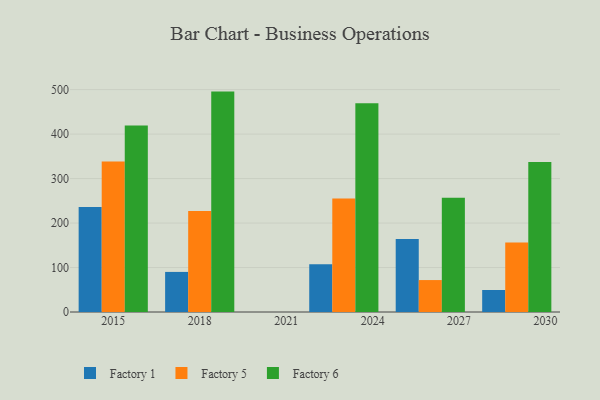
{"axis": {"x": "Year", "y": "Page Views"}, "legend": ["Factory 1", "Factory 5", "Factory 6"], "data": [{"x": "2023", "y": 107.4, "type": "Factory 1"}, {"x": "2023", "y": 255.3, "type": "Factory 5"}, {"x": "2023", "y": 469.5, "type": "Factory 6"}, {"x": "2026", "y": 163.9, "type": "Factory 1"}, {"x": "2026", "y": 71.8, "type": "Factory 5"}, {"x": "2026", "y": 256.7, "type": "Factory 6"}, {"x": "2015", "y": 236.1, "type": "Factory 1"}, {"x": "2015", "y": 338.6, "type": "Factory 5"}, {"x": "2015", "y": 419.4, "type": "Factory 6"}, {"x": "2018", "y": 90.1, "type": "Factory 1"}, {"x": "2018", "y": 226.8, "type": "Factory 5"}, {"x": "2018", "y": 495.5, "type": "Factory 6"}, {"x": "2029", "y": 49.5, "type": "Factory 1"}, {"x": "2029", "y": 156.4, "type": "Factory 5"}, {"x": "2029", "y": 337.1, "type": "Factory 6"}]}